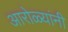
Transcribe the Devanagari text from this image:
आरोळ्यांनी